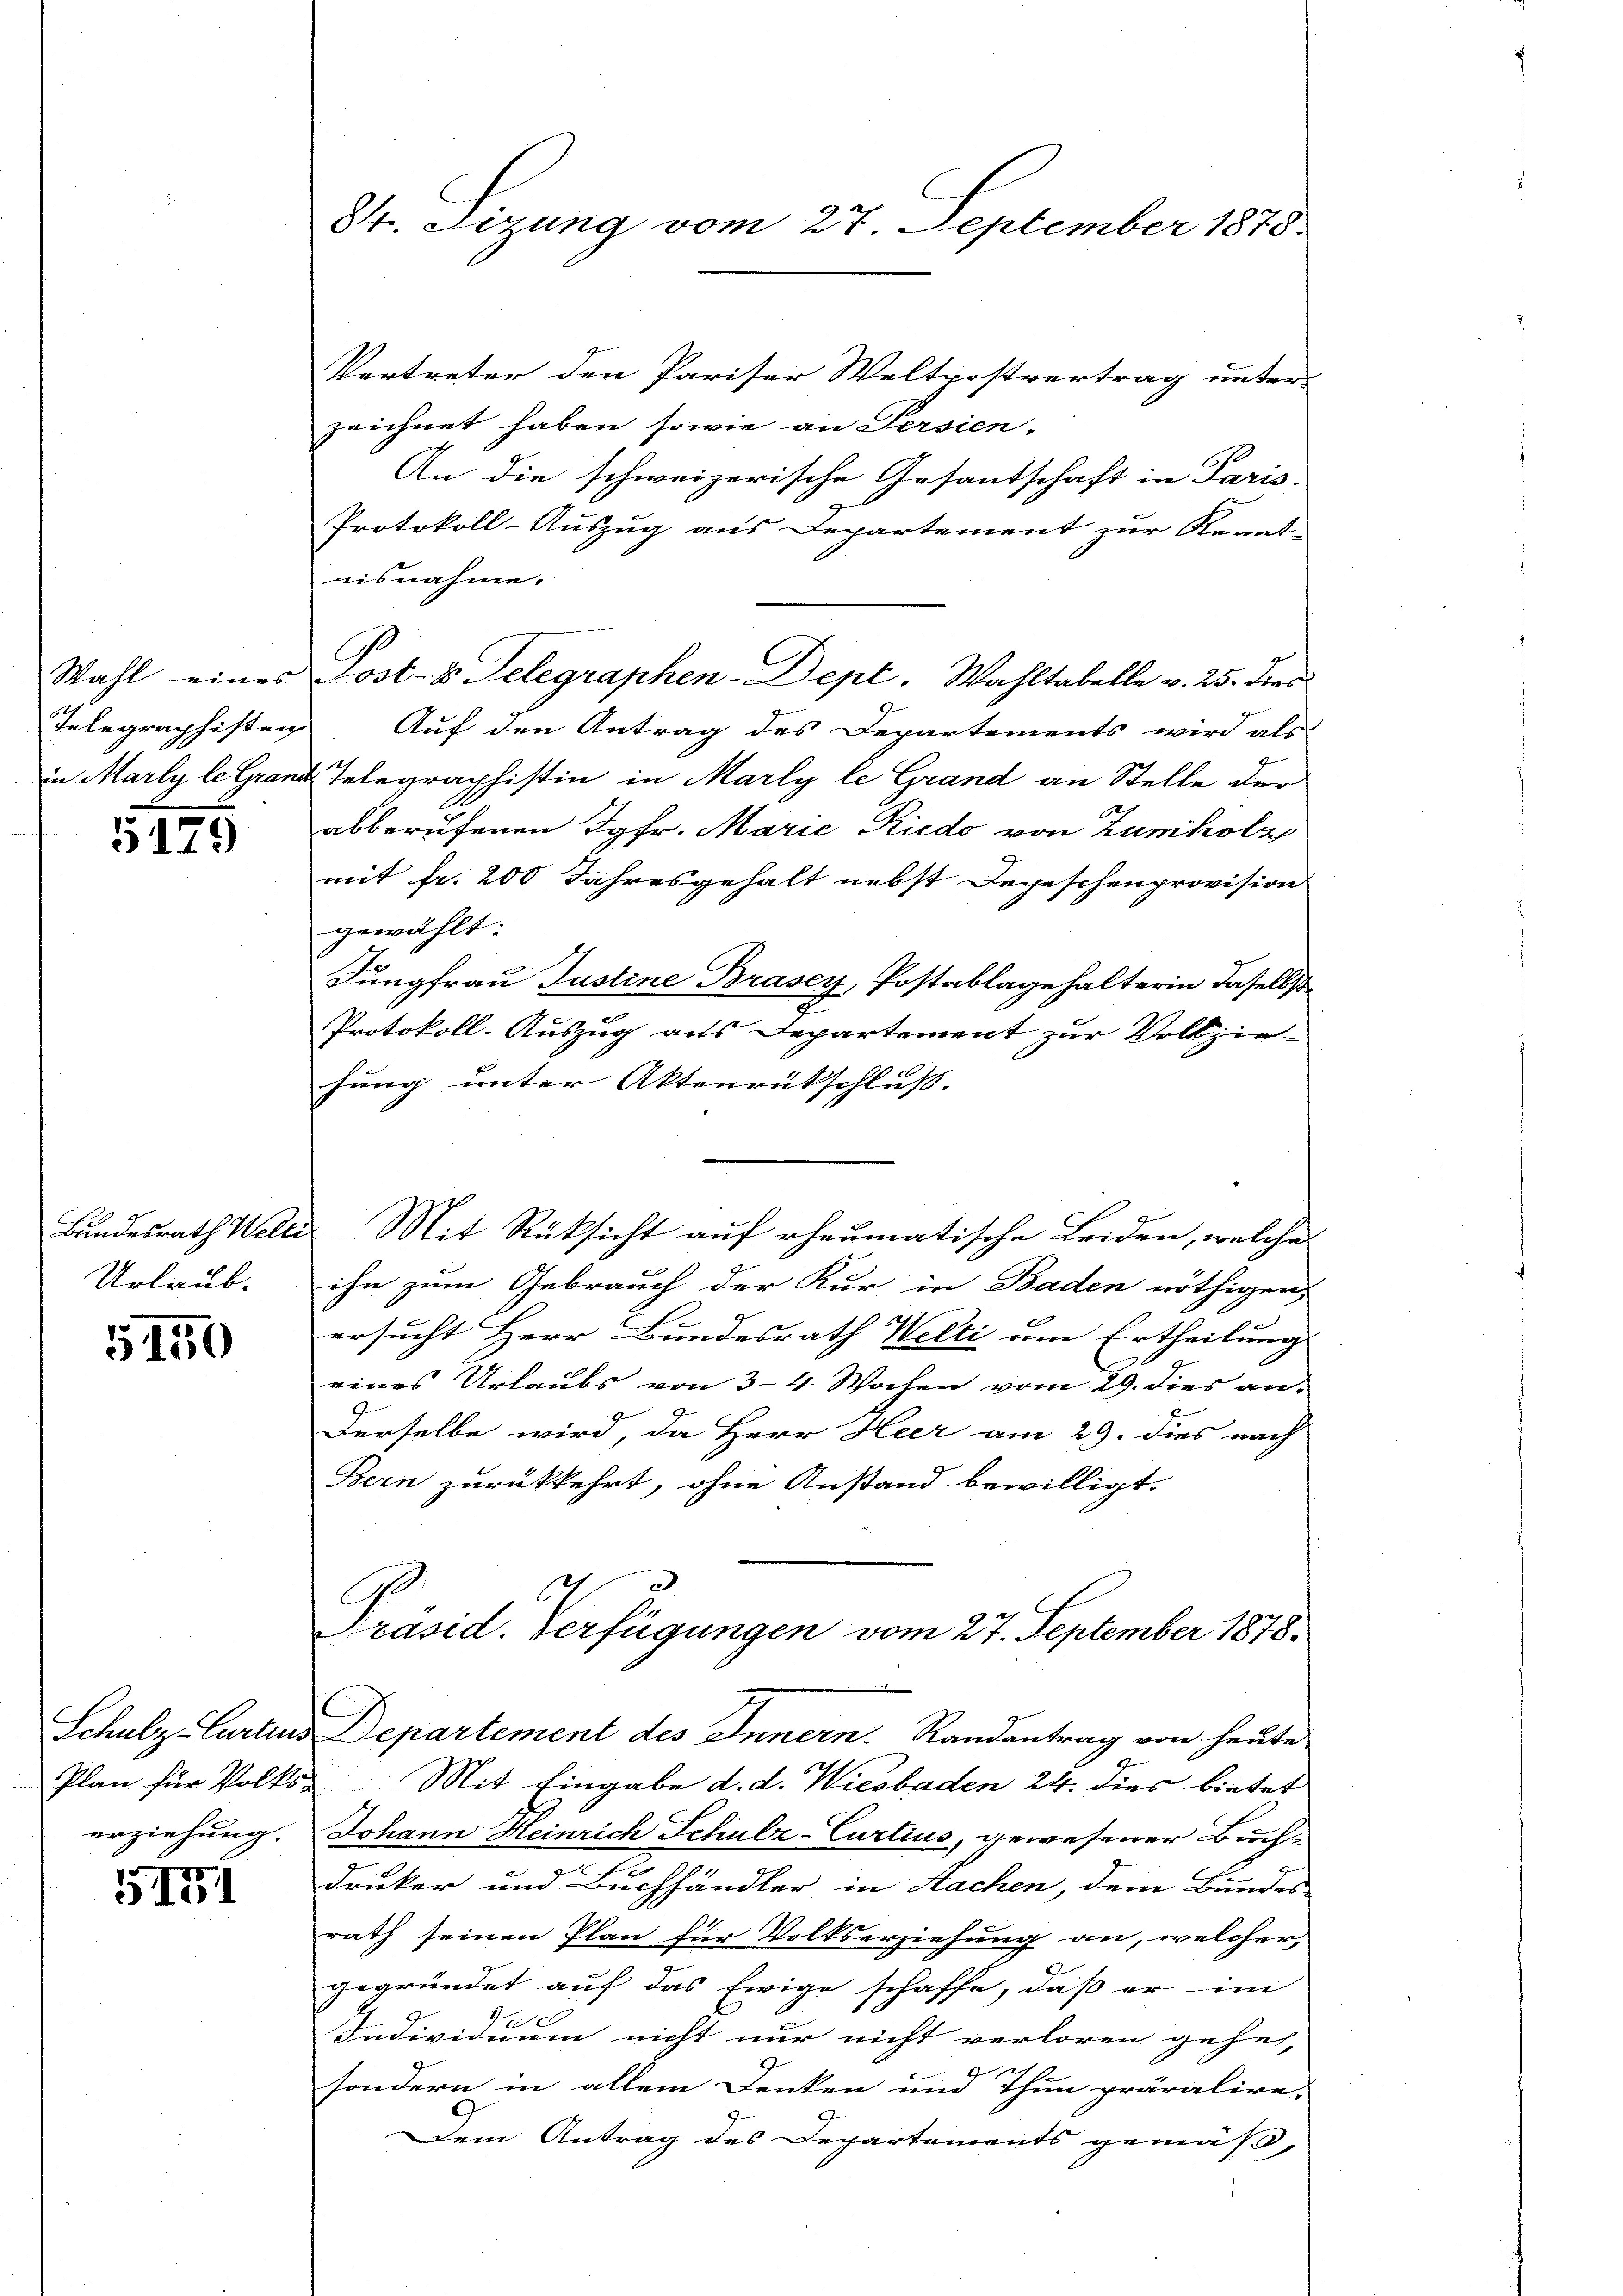
Wahl eines
Telegraphisten
in Marly le Grana

5179

Bundesrath Welti
Urlaub-

5150

erziehung.

1141

84. Sizung vom 27. September 1875.

Vertreter den Pariser Weltpostvertrag unter-
zeichnet haben, sowie an Persien.
An die schweizerische Gesandtschaft in Paris
Protokoll-Auszug aus Departement zur Kennt-
eisnahme.
Post- & Telegraphen-Dept. Wahltabelle v. 25. dies
Auf den Antrag des Departements wird als
 Telegraphistin in Marly le Grand an Stelle der
abberufenen Jgfr. Marie Riedo von Zumholz
mit fr. 200 Jahresgehalt nebst Depeschenprovision
gewählt:
Jungfrau Justine Brasey, Postablage halterin daselbst
Protokoll-Auszug aus Departement zur Vollziehung unter Aktenrückschluß.
 Mit Rüksicht auf rheumatische Leiden, welche
ihn zum Gebrauch der Kur in Baden nöthigen,
.
ersucht Herr Bundesrath Welti um Ertheilung
eines Urlaubs von 3–4 Wochen vom 29. dies an-
Derselbe wird, da Herr Heer am 29. dies nach
Bern zurückkehrt, ohne Anstand bewilligt.
Präsid. Verfügungen vom 27. September 1878.
Schulz-Curtius Departement des Innern. Randantrag von heute
Plan für Volks- Mit Eingabe d. d. Wiesbaden 24. dies bietet
Johann Heinrich Schulz-Curtius, gewesener Buch-
drucker und Buchhändler in Hacken, dem Bundes-
rath seinen Plan für Volkserziehung an, welcher
gegründet auf das Ewige schaffe, daß er in
40
Individuum nicht nur nicht verloren gehen,
sondern in allem Denken und Thun prävalire-
Dein Antrag des Departements gemäß,